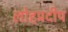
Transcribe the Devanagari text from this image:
लोहप्रदीप